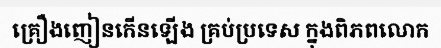
គ្រឿងញៀនកើនឡើង គ្រប់ប្រទេស ក្នុងពិភពលោក